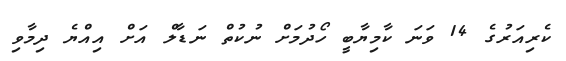
ކެރިއަރުގެ 14 ވަނަ ކާމިޔާބީ ހޯދުމަށް ނުކުތް ނަޑާލް އަށް އިއްޔެ ދިމާވި